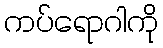
ကပ်ရောဂါကို